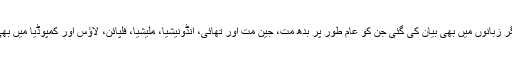
یہ کہانی بھارت کی دیگر زبانوں میں بھی بیان کی گئی جن کو عام طور پر بدھ مت، جین مت اور تھائی، انڈونیشیا، ملیشیا، فلپائن، لاؤس اور کمپوڈیا میں بھی یہ کہانی چلی آتی ہے۔